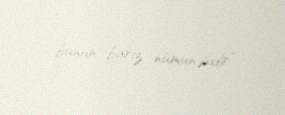
bunun bariz nümunəsidir”.